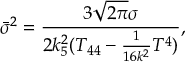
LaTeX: { \bar { \sigma } } ^ { 2 } = \frac { 3 \sqrt { 2 \pi } \sigma } { 2 k _ { 5 } ^ { 2 } ( T _ { 4 4 } - \frac { 1 } { 1 6 k ^ { 2 } } T ^ { 4 } ) } ,